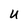
Character: U